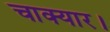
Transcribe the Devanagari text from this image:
चाक्यार।